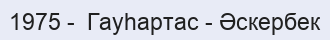
1975 -  Гауһартас - Әскербек